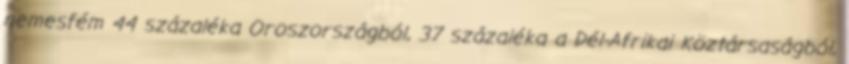
nemesfém 44 százaléka Oroszországból, 37 százaléka a Dél-Afrikai Köztársaságból,